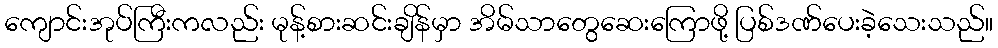
ကျောင်းအုပ်ကြီးကလည်း မုန့်စားဆင်းချိန်မှာ အိမ်သာတွေဆေးကြောဖို့ ပြစ်ဒဏ်ပေးခဲ့သေးသည်။